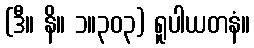
(ဒီ။ နိ။ ၁။၃၀၃) ရူပါယတနံ။